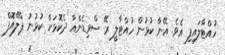
ހުއްޓާލައިފި އެވެ. އޭނާ ކުޅުން ހުއްޓާލީ ރޭ ސްވިޑެންއާ ދެކޮޅަށް ކުޅުނު ޕްލޭއޮފް